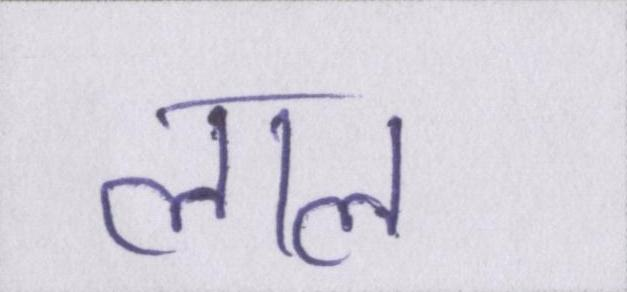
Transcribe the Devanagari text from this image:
लाला